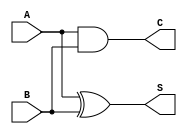
module half_adder (
    input wire A,      // First input bit
    input wire B,      // Second input bit
    output wire S,     // Sum output
    output wire C      // Carry output
);
    
    // Internal wire declarations for intermediate results
    wire xor_out;      // Output of the XOR gate (Sum)
    wire and_out;      // Output of the AND gate (Carry)

    // Instantiate the XOR gate for Sum
    xor (xor_out, A, B);

    // Instantiate the AND gate for Carry
    and (and_out, A, B);

    // Assign the outputs
    assign S = xor_out; // Sum output
    assign C = and_out; // Carry output

endmodule